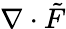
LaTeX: {\mathbf\nabla\cdot\tilde{F}}